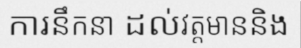
ការនឹកនា ដល់វត្តមាននិង